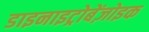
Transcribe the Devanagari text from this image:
डाइनाइट्रोबेंज़ोइक